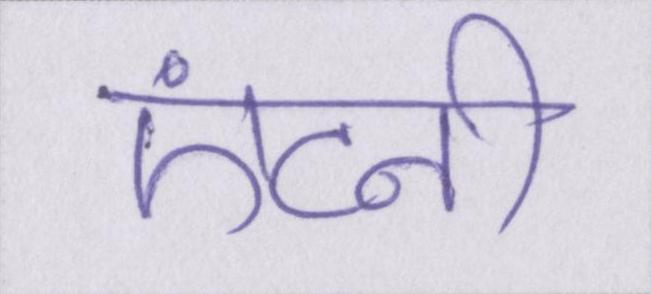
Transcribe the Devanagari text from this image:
एंटनी